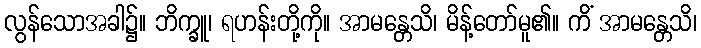
လွန်သောအခါ၌။ ဘိက္ခူ၊ ရဟန်းတို့ကို။ အာမန္တေသိ၊ မိန့်တော်မူ၏။ ကိံ အာမန္တေသိ၊